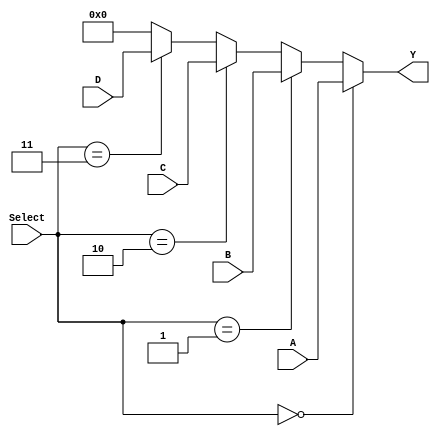
module mux4to1_32bit (
    input [31:0] A,
    input [31:0] B,
    input [31:0] C,
    input [31:0] D,
    input [1:0] Select,
    output [31:0] Y
);

assign Y = (Select == 2'b00) ? A :
           (Select == 2'b01) ? B :
           (Select == 2'b10) ? C :
           (Select == 2'b11) ? D :
           32'b0;

endmodule

`timescale 1ns/1ps

module mux4to1_32bit_tb;

// Parameters
parameter WIDTH = 32;
parameter ITERATIONS = 10;

// Inputs
reg [WIDTH-1:0] A;
reg [WIDTH-1:0] B;
reg [WIDTH-1:0] C;
reg [WIDTH-1:0] D;
reg [1:0] Select;

// Output
wire [WIDTH-1:0] Y;

// Instantiate the module
mux4to1_32bit dut (
    .A(A),
    .B(B),
    .C(C),
    .D(D),
    .Select(Select),
    .Y(Y)
);

// Clock
reg clk = 0;

// Toggle clock
always #5 clk = ~clk;

// Testbench
initial begin
    $monitor("Time=%0t, A=%h, B=%h, C=%h, D=%h, Select=%b, Y=%h", $time, A, B, C, D, Select, Y);
    
    // Randomize inputs and test
    repeat (ITERATIONS) begin
        A = $random;
        B = $random;
        C = $random;
        D = $random;
        Select = $urandom_range(0, 4); // Randomize select between 0 and 3
        
        #10; // Wait a bit
        
        // Display result
        $display("Result: Y=%h", Y);
    end
    
    // End simulation
    $finish;
end

endmodule